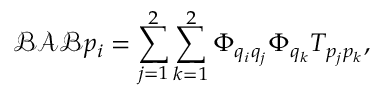
\mathcal { B } \mathcal { A } \mathcal { B } p _ { i } = \sum _ { j = 1 } ^ { 2 } \sum _ { k = 1 } ^ { 2 } \Phi _ { q _ { i } q _ { j } } \Phi _ { q _ { k } } T _ { p _ { j } p _ { k } } ,